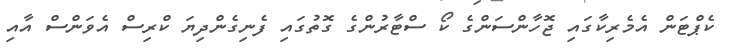
ކެޕްޓަން އެމެރިކާގައި ޖޮހާންސަންގެ ކޯ ސްޓާރުންގެ ގޮތުގައި ފެނިގެންދިޔަ ކްރިސް އެވަންސް އާއި